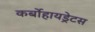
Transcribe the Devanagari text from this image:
कर्बोहायड्रेटस